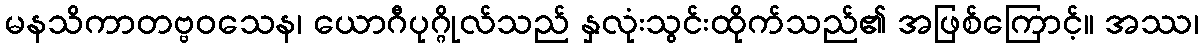
မနသိကာတဗ္ဗဝသေန၊ ယောဂီပုဂ္ဂိုလ်သည် နှလုံးသွင်းထိုက်သည်၏ အဖြစ်ကြောင့်။ အဿ၊